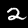
Digit: 2